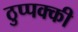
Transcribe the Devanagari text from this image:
ठुप्पक्की